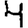
Digit: 4